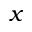
x